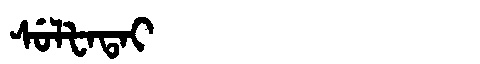
Manchu: ᠰᡠᠯᡶᠠᡨᠠᡳ
Romanization: SULFATAI